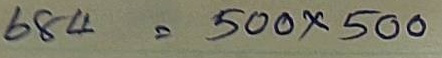
684 = 500 x 500